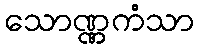
သောဏ္ဏကံသာ